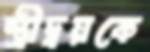
স্ত্রীদ্বয়কে